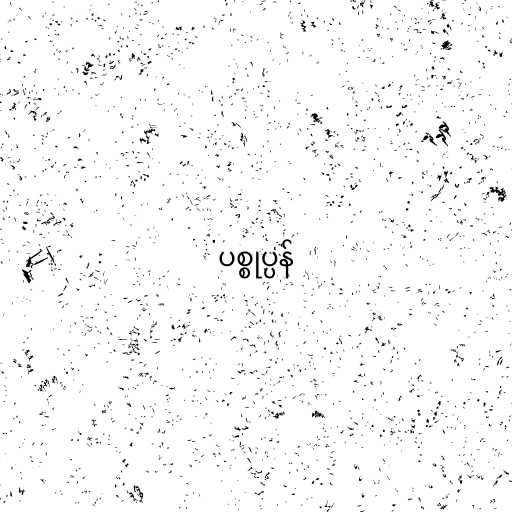
ပစ္စုပ္ပန်